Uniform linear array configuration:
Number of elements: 24
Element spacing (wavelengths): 1
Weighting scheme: binomial
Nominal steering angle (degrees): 15
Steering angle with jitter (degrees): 13.39
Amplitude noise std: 0.05
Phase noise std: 0.05

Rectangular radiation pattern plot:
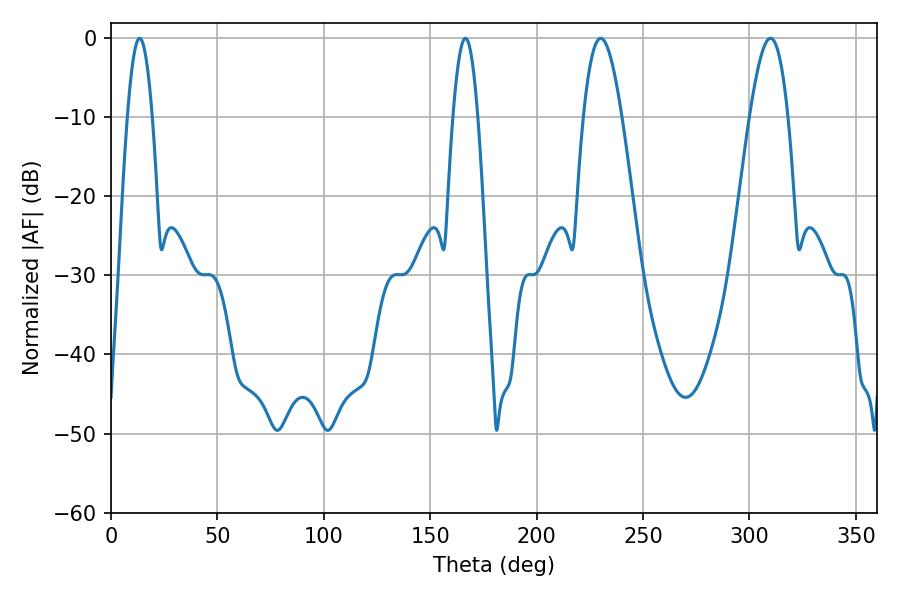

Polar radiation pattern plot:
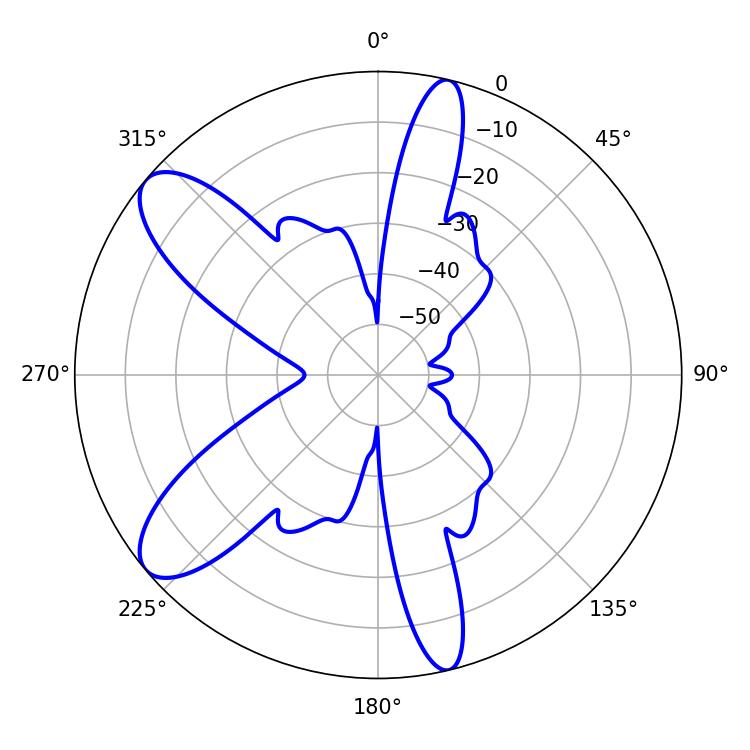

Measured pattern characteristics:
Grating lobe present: TRUE
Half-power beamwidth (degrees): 6.3
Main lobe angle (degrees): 13.5